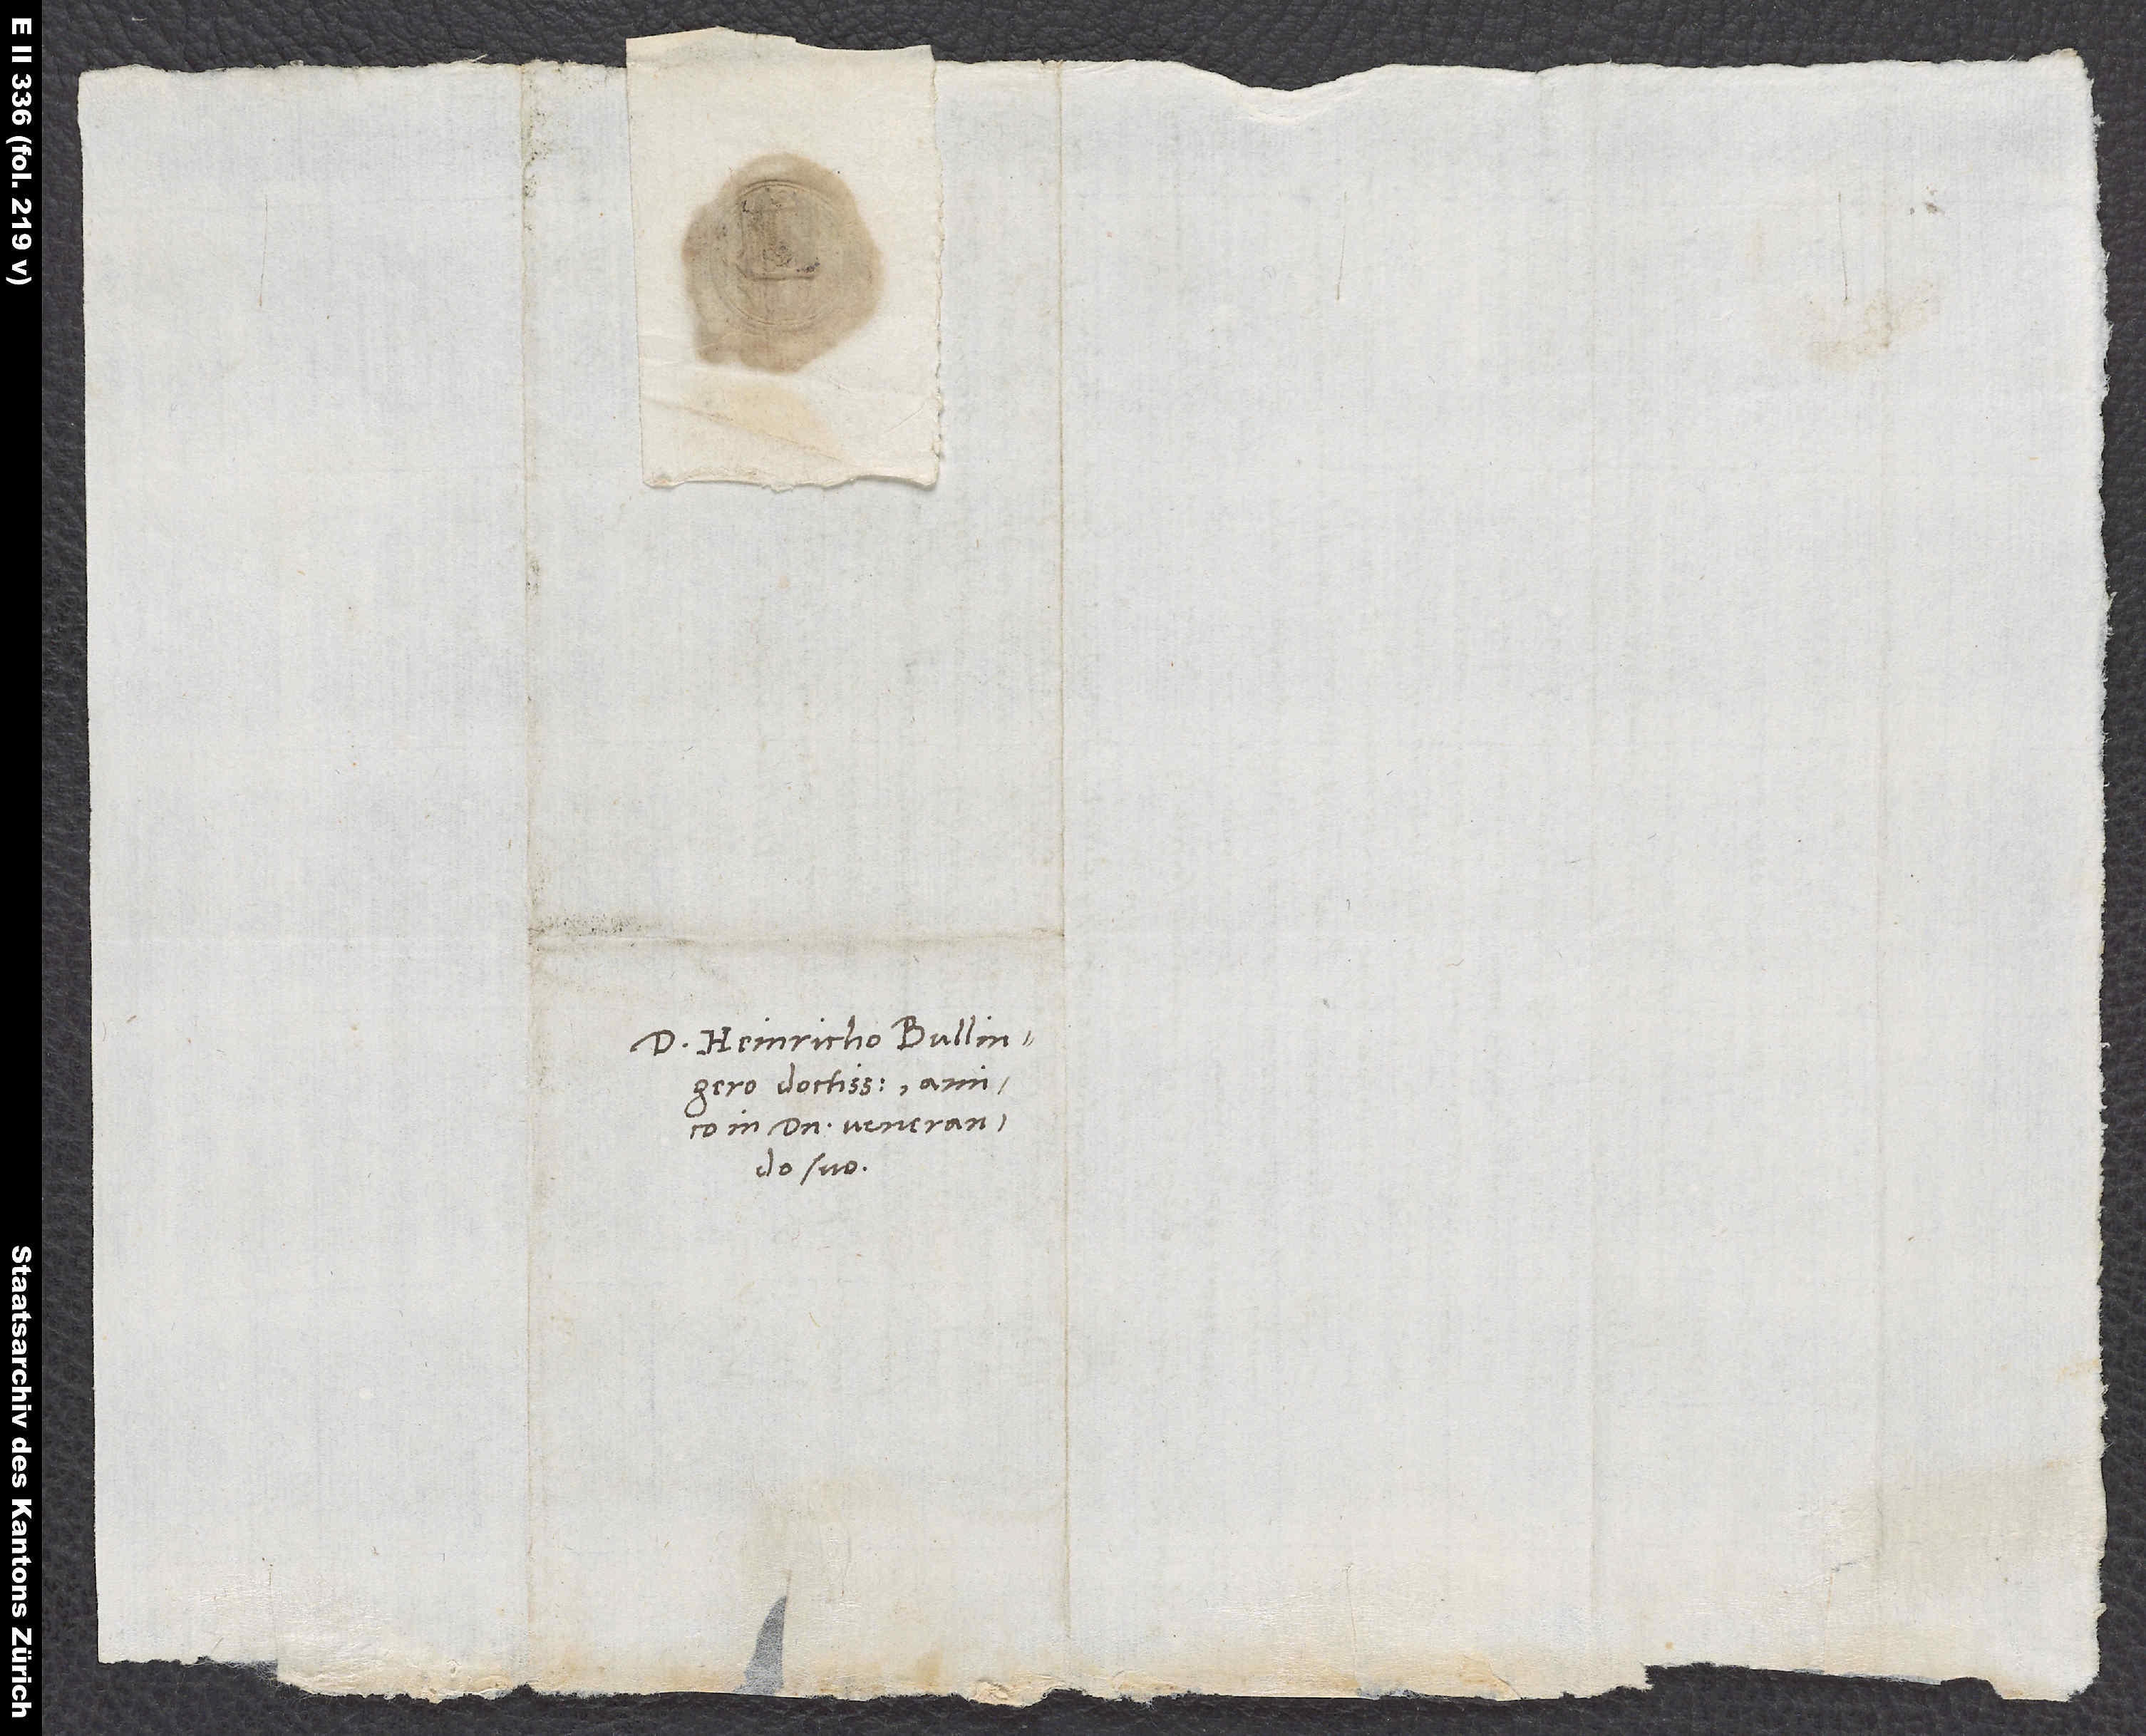
D. Heinricho Bullingero
doctissimo, amico
in domino venerando
suo.